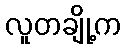
လူတချို့က